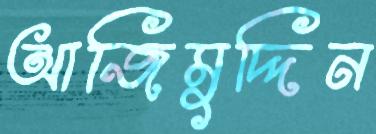
আজিমুদ্দিন